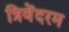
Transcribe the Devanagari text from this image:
त्रिवेंदरम